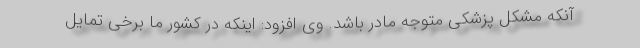
آنکه مشکل پزشکی متوجه مادر باشد. وی افزود: اینکه در کشور ما برخی تمایل